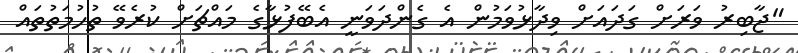
"ޖާބިރު ވަރަށް ގަދައަށް ވިދާޅުވަމުން އެ ގެންދަވަނީ އެބޭފުޅާގެ މައްޗަށް ކުރެވޭ ތުހުމަތުތައް